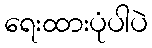
ရေးထားပုံပါပဲ